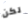
لكن